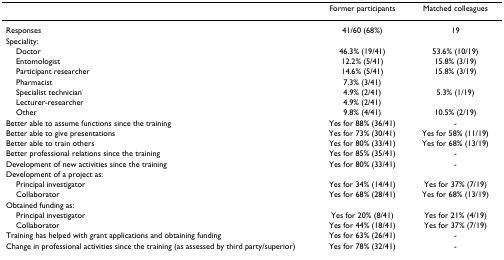
<table><thead><tr><td></td><td><b>Former participants</b></td><td><b>Matched colleagues</b></td></tr></thead><tbody><tr><td>Responses</td><td>41/60 (68%)</td><td>19</td></tr><tr><td>Speciality:</td><td></td><td></td></tr><tr><td> Doctor</td><td>46.3% (19/41)</td><td>53.6% (10/19)</td></tr><tr><td> Entomologist</td><td>12.2% (5/41)</td><td>15.8% (3/19)</td></tr><tr><td> Participant researcher</td><td>14.6% (5/41)</td><td>15.8% (3/19)</td></tr><tr><td> Pharmacist</td><td>7.3% (3/41)</td><td></td></tr><tr><td> Specialist technician</td><td>4.9% (2/41)</td><td>5.3% (1/19)</td></tr><tr><td> Lecturer-researcher</td><td>4.9% (2/41)</td><td></td></tr><tr><td> Other</td><td>9.8% (4/41)</td><td>10.5% (2/19)</td></tr><tr><td>Better able to assume functions since the training</td><td>Yes for 88% (36/41)</td><td>-</td></tr><tr><td>Better able to give presentations</td><td>Yes for 73% (30/41)</td><td>Yes for 58% (11/19)</td></tr><tr><td>Better able to train others</td><td>Yes for 80% (33/41)</td><td>Yes for 68% (13/19)</td></tr><tr><td>Better professional relations since the training</td><td>Yes for 85% (35/41)</td><td>-</td></tr><tr><td>Development of new activities since the training</td><td>Yes for 80% (33/41)</td><td>-</td></tr><tr><td>Development of a project as:</td><td></td><td></td></tr><tr><td> Principal investigator</td><td>Yes for 34% (14/41)</td><td>Yes for 37% (7/19)</td></tr><tr><td> Collaborator</td><td>Yes for 68% (28/41)</td><td>Yes for 68% (13/19)</td></tr><tr><td>Obtained funding as:</td><td></td><td></td></tr><tr><td> Principal investigator</td><td>Yes for 20% (8/41)</td><td>Yes for 21% (4/19)</td></tr><tr><td> Collaborator</td><td>Yes for 44% (18/41)</td><td>Yes for 37% (7/19)</td></tr><tr><td>Training has helped with grant applications and obtaining funding</td><td>Yes for 63% (26/41)</td><td>-</td></tr><tr><td>Change in professional activities since the training (as assessed by third party/superior)</td><td>Yes for 78% (32/41)</td><td>-</td></tr></tbody></table>